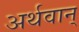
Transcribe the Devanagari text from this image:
अर्थवान्